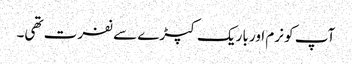
آپ کو نرم اور باریک کپڑے سے نفرت تھی۔